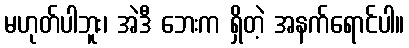
မဟုတ်ပါဘူး၊ အဲဒီ ဘေးက ရှိတဲ့ အနက်ရောင်ပါ။